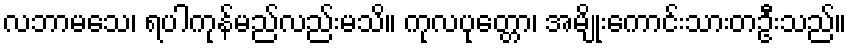
လဘာမသေ၊ ရပါကုန်မည်လည်းမသိ။ ကုလပုတ္တော၊ အမျိုးကောင်းသားတဦးသည်။